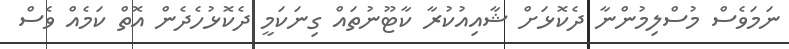
ނަމަވެސް މުސްލިމުންނާ ދެކޮޅަށް ޝާއިއުކުރާ ކާޓޫނުތައް ގިނަކަމީ ދެކޮޅުހެދެން އޮތް ކަމެއް ވެސް